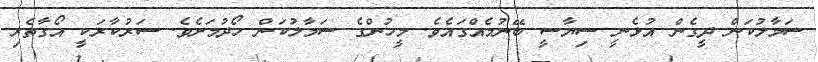
ސަމާލުކަން ދީގެން އުޅެނީ ސިޔާސީ ބޭނުމެއްގައެވެ. މީހުންގެ ސަމާލުކަން ހޯދުމަށެވެ. ސަރުކާރަކީ އޯގާތެރި